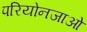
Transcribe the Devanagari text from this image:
परियोनजाओं